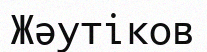
Жәутіков